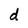
Character: d